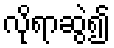
လိုရာဆွဲ၍